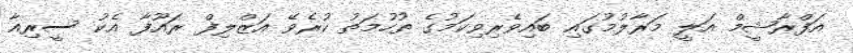
އަފްރާޝީމް އަލީ މަރާލުމުގައި ބައިވެރިވިކަމުގެ ތުހުމަތު ކުރެވޭ އަޒްލިފް ރައޫފާ އެކު ސީރިއާ